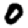
Digit: 0